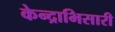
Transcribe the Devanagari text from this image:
केन्द्राभिसारी